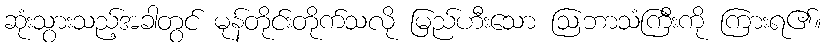
ဆုံးသွားသည့်အခါတွင် မုန်တိုင်းတိုက်သလို မြည်ဟီးသော ဩဘာသံကြီးကို ကြားရ၏။